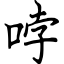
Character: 哱